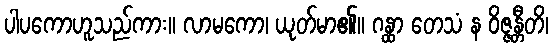
ပါပကောဟူသည်ကား။ လာမကော၊ ယုတ်မာ၏။ ဂန္ထာ တေသံ န ဝိဇ္ဇန္တီတိ၊